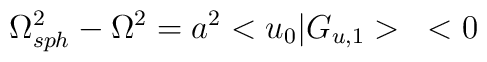
{\Omega^2_{sph}}-{\Omega}^2 = a^2<u_0|G_{u,1}> \;\;\;<0